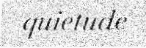
quietude